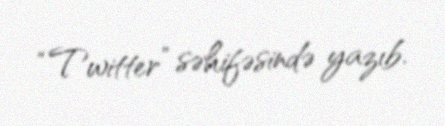
“Twitter” səhifəsində yazıb.